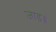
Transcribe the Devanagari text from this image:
जाड॥